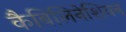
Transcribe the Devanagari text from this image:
कैबिलिनेशियन